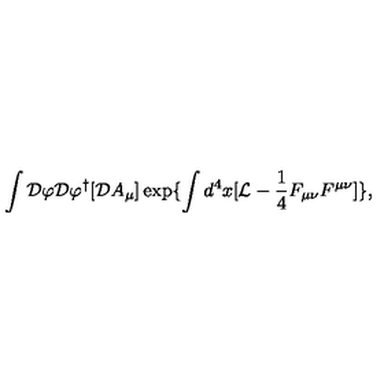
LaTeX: \int { \cal D } \varphi { \cal D } \varphi ^ { \dagger } [ { \cal D } A _ { \mu } ] \exp \{ \int d ^ { 4 } x [ { \cal L } - \frac { 1 } { 4 } F _ { \mu \nu } F ^ { \mu \nu } ] \} ,